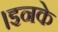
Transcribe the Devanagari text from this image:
।इनके